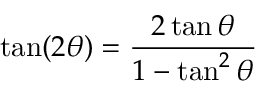
\tan ( 2 \theta ) = { \frac { 2 \tan \theta } { 1 - \tan ^ { 2 } \theta } }